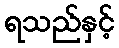
ရသည်နှင့်